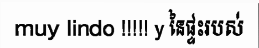
muy lindo !!!!! y នៃផ្ទះរបស់